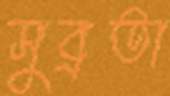
সুব্রতা